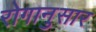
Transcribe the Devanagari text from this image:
रोगानुसार